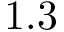
1 . 3